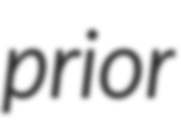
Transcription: prior